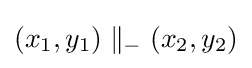
(x_{1},y_{1})\parallel _{-}(x_{2},y_{2})